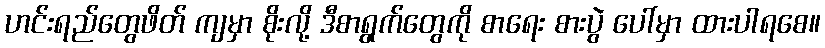
ဟင်းရည်တွေဖိတ် ကျမှာ စိုးလို့ ဒီစာရွက်တွေကို စာရေး စားပွဲ ပေါ်မှာ ထားပါရစေ။